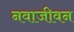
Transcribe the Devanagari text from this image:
नवाजीवन